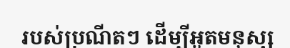
របស់ប្រណីតៗ ដើម្បីអួតមនុស្ស